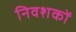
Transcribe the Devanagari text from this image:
निवशकों